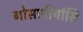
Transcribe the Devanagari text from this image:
गोसावीयांसि